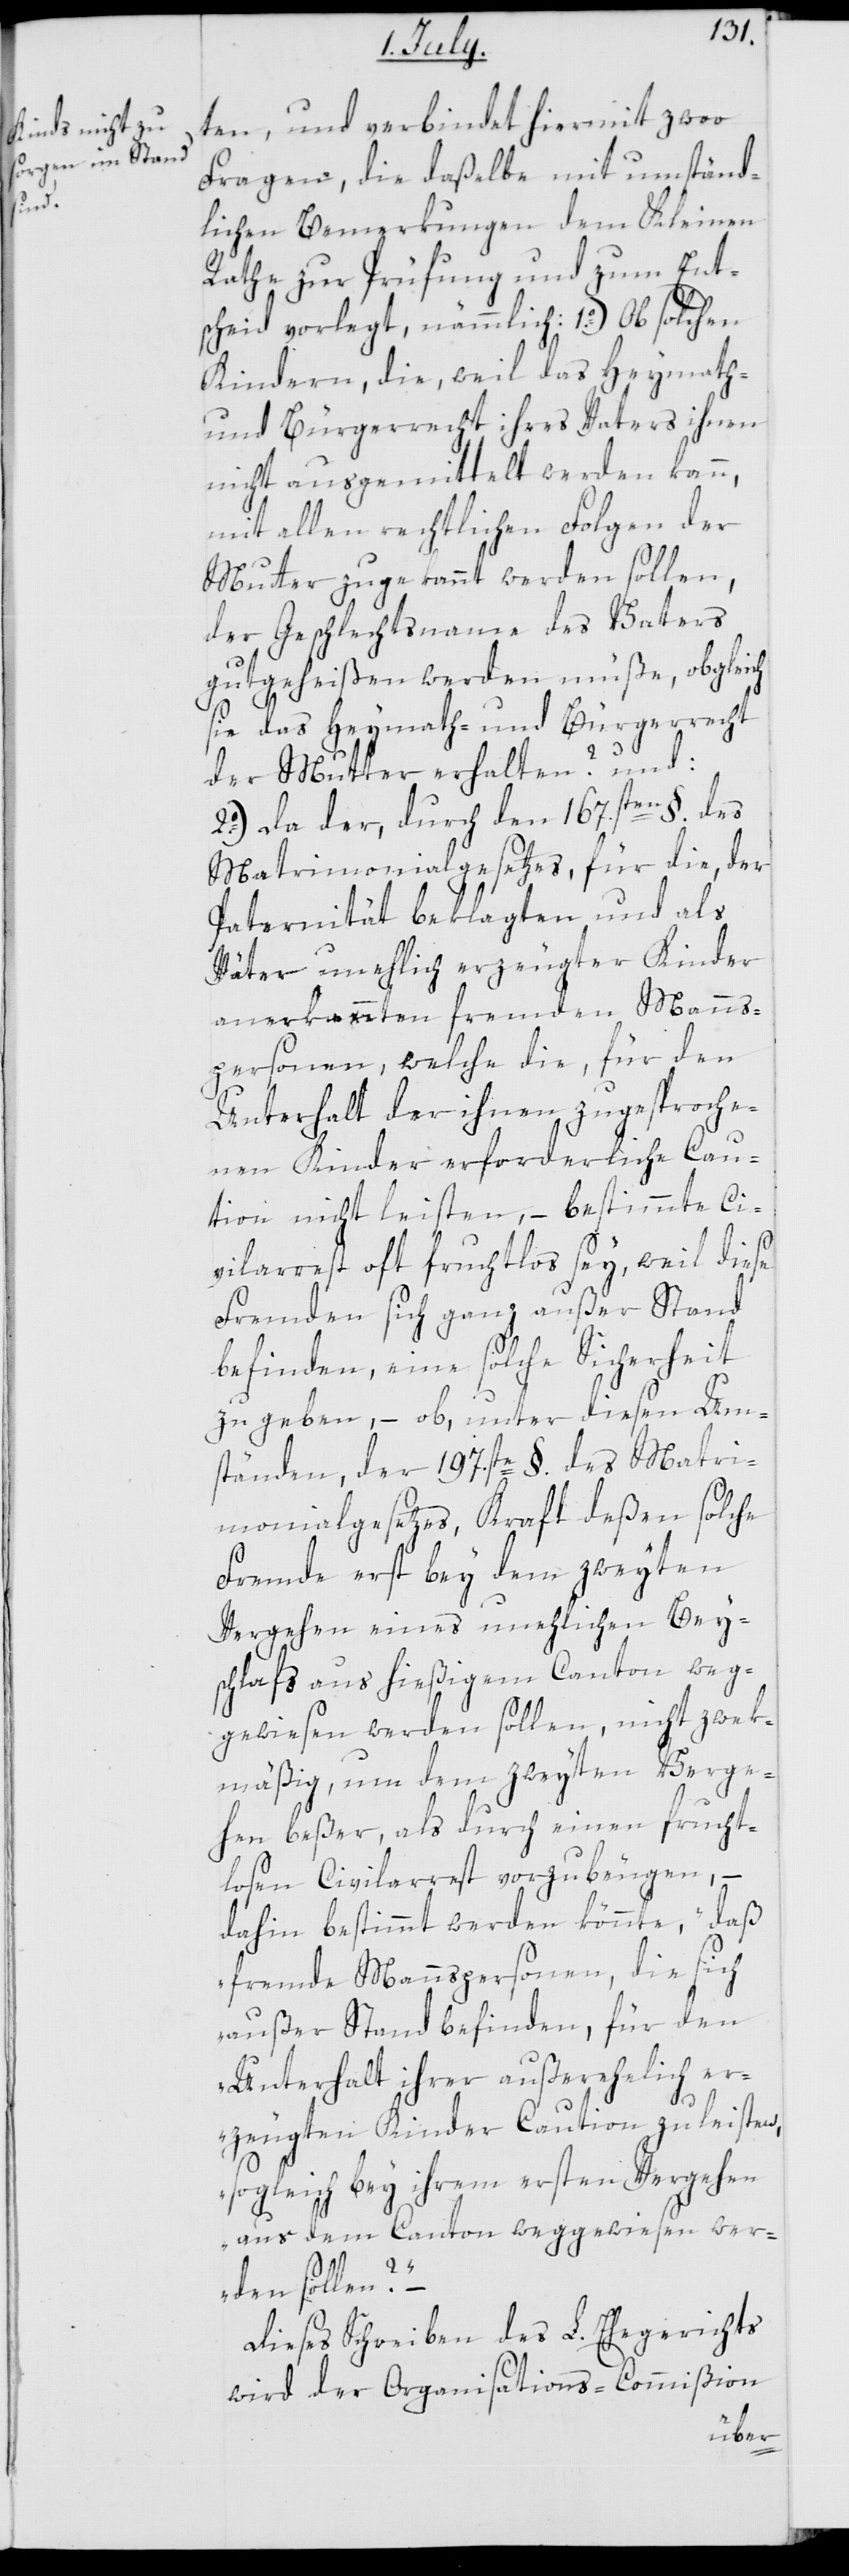
[Staa]t¬
en, und verbindet hiermit zwoo
Fragen, die dasselbe mit umständ¬
lichen Bemerkungen dem Kleinen
Rathe zur Prüfung und zum Ent¬
scheid vorlegt, nämmlich: 1o.) Ob solchen
Kindern, die, weil das Heymath-
und Bürgerrecht ihres Vaters ihnen
nicht ausgemittelt werden kann,
mit allen rechtlichen Folgen der
Mutter zugekannt werden sollen,
der Geschlechtsname des Vaters
gutgeheißen werden müße, obgleich
sie das Heymath- und Bürgerrecht
der Mutter erhalten? und:
2o.) Da der, durch den 167.sten §. des
Matrimonialgesetzes, für die, der
Paternität beklagten und als
Väter unehlich erzeugter Kinder
anerkannten fremden Manns¬
personen, welche die, für den
Unterhalt der ihnen zugesproche¬
nen Kinder erforderliche Cau¬
tion nicht leisten, – bestimmte Ci¬
vilarrest oft fruchtlos sey, weil diese
Fremden sich ganz außer Stand
befinden, eine solche Sicherheit
zu geben, – ob, unter diesen Um¬
ständen, der 197.ste §. des Matri¬
monialgesetzes, Kraft deßen solche
Fremde erst bey dem zweyten
Vergehen eines unehlichen Bey¬
schlafs aus hießigem Canton weg¬
gewiesen werden sollen, nicht zwek¬
mäßig, um dem zweyten Verge¬
hen beßer, als durch einen frucht¬
losen Civilarrest vorzubeugen, –
dahin bestimmt werden könnte, „daß
fremde Mannspersonen, die sich
außer Stand befinden, für den
Unterhalt ihrer außerehlich er¬
zeugten Kinder Caution zu leisten,
sogleich bey ihrem ersten Vergehen
aus dem Canton weggewiesen wer¬
den sollen?“
Dieses Schreiben des L. Ehegerichts
wird der Organisations-Commißion